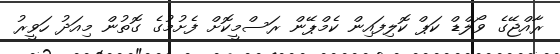
ރާއްޖޭގެ ވޯލްޑް ކަޕް ކޮލިފައިން ކެމްޕޭން ރަސްމީކޮށް ފެށުމުގެ ގޮތުން މިއަދު ހަވީރު